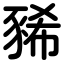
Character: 豨